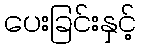
ပေးခြင်းနှင့်